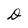
Character: D